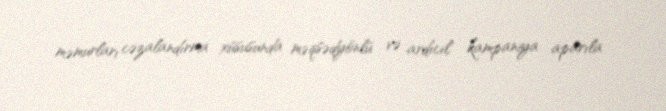
məmurları cəzalandırma xüsusunda məqsədyönlü və ardıcıl kampaniya aparıla